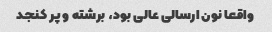
واقعا نون ارسالی عالی بود، برشته و پر کنجد